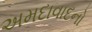
અમદાવાદનો